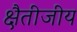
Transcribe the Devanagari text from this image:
क्षैतीजीय